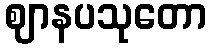
ဈာနပသုတော